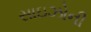
સાઇઝોની